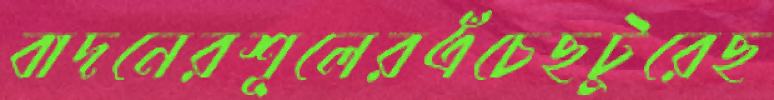
বাদনেরশূলেরএঁচেছটুরেছ